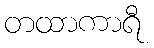
တထာကာရီ